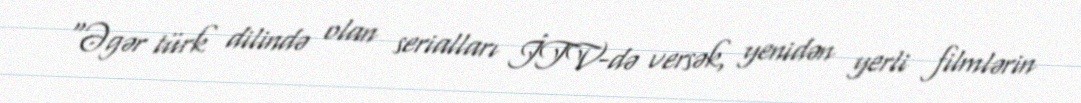
“Əgər türk dilində olan serialları İTV-də versək, yenidən yerli filmlərin